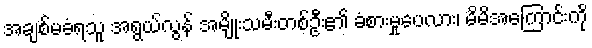
အချစ်မခံရသူ အရွယ်လွန် အမျိုးသမီးတစ်ဦး၏ ခံစားမှုပေလား၊ မိမိအကြောင်းကို